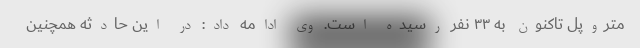
متروپل تاکنون به ۳۳ نفر رسیده است. وی ادامه داد: در این حادثه همچنین